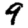
Digit: 9